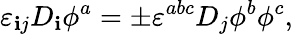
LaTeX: \varepsilon_{\mathbf{i}j}D_{\mathbf{i}}\phi^{a}=\pm\varepsilon^{abc}D_{j}\phi^{b}\phi^{c},